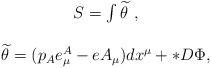
LaTeX: \begin{align*}\begin{array}{c}S=\int \widetilde{\theta }\ , \\ \\ \widetilde{\theta }=(p_Ae_\mu^A-eA_\mu )dx^\mu +*D\Phi , \end{array} \end{align*}